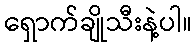
ရှောက်ချိုသီးနဲ့ပါ။